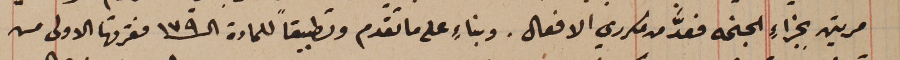
مرتين بجزاءِ الجنحه فعدَّ من مكرري الافعال. وبناءِ على ما تقدم وتطبيقاً للمادة الـ ١٧٩ فقرتها الاولى من